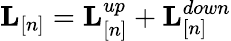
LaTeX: {\mathbf L}_{[n]}={\mathbf L}_{[n]}^{up}+{\mathbf L}_{[n]}^{down}